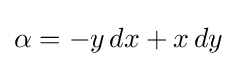
\alpha =-y\,dx+x\,dy